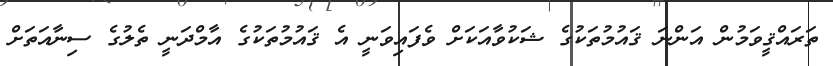
ތަރައްޤީވަމުން އަންނަ ޤައުމުތަކުގެ ޝަކުވާއަކަށް ވެފައިވަނީ އެ ޤައުމުތަކުގެ އާމްދަނީ ތެލުގެ ސިނާއަތަށް